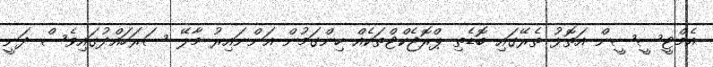
އެމްޓީސީސީން އަތޮޅުު ތެރޭގައި ބޮޑެތި ޕްރޮޖެކްޓްތަކެއް ހިންގަމުން އަންނައިރު މާލޭ ސަރަހައްދުގައިވެސް ދަނީ